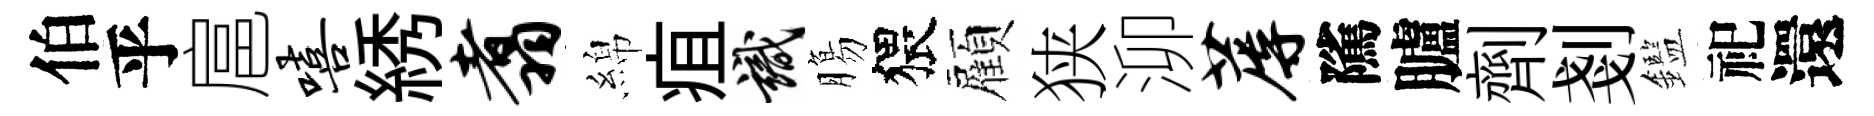
伯乎扈嘻綉翥綿疽識膓猥顏狭泖蓐隲臚劑剗鑑祀還